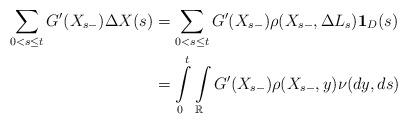
LaTeX: \begin{align*}\sum_{0<s\leq t} G'(X_{s-})\Delta X(s)&=\sum_{0<s\leq t}G'(X_{s-})\rho(X_{s-},\Delta L_s)\mathbf{1}_D(s)\\&=\int\limits_0^t\int\limits_{\mathbb{R}}G'(X_{s-})\rho(X_{s-},y)\nu (dy,ds)\end{align*}